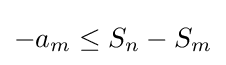
-a_{m}\leq S_{n}-S_{m}